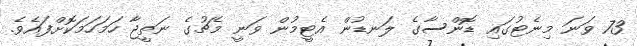
73 ވަނަ މިނެޓުގައި ޑޮންސާގެ ލަނޑުން އެޓީމުން ވަނީ މެޗުގެ ނަތީޖާ ހަމަހަމަކޮށްފައެވެ.